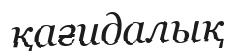
қағидалық